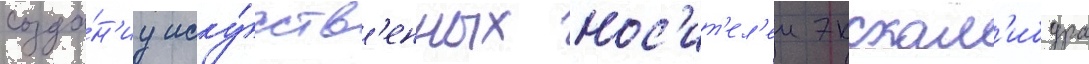
созда́н'иу иску́сств'енных нос'ит'ел'еи экскал'ибура